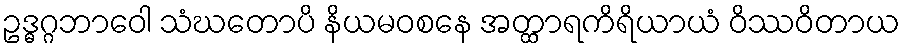
ဥဒ္ဓဂ္ဂဘာဝေါ သံဃတောပိ နိယမဝစနေ အတ္ထာရကိရိယာယံ ဝိဿဝိတာယ